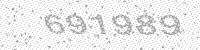
Solution: 691989